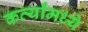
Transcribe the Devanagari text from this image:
कर्त्यांमध्ये